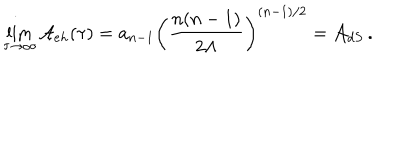
\lim _ { \tau \rightarrow \infty } { \cal A } _ { e h } ( \tau ) = a _ { n - 1 } \left( { \frac { n ( n - 1 ) } { 2 \Lambda } } \right) ^ { ( n - 1 ) / 2 } = { \cal A } _ { d S } \, .